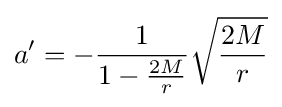
a'=-{\frac {1}{1-{\frac {2M}{r}}}}{\sqrt {\frac {2M}{r}}}